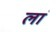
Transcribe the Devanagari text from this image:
लां